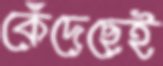
কেঁদেছেই